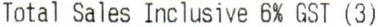
TOTAL SALES INCLUSIVE 6% GST (3)